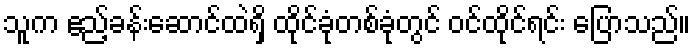
သူက ဧည့်ခန်းဆောင်ထဲရှိ ထိုင်ခုံတစ်ခုံတွင် ဝင်ထိုင်ရင်း ပြောသည်။